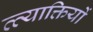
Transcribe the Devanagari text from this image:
व्त्याक्तियों